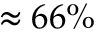
\approx 6 6 \%